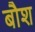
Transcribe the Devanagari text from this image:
बौश